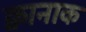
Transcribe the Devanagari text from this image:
क्वानाक